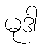
မုဒါ